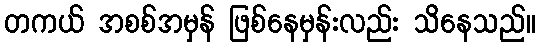
တကယ် အစစ်အမှန် ဖြစ်နေမှန်းလည်း သိနေသည်။